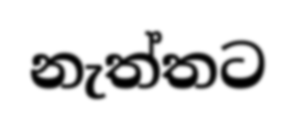
නැත්තට